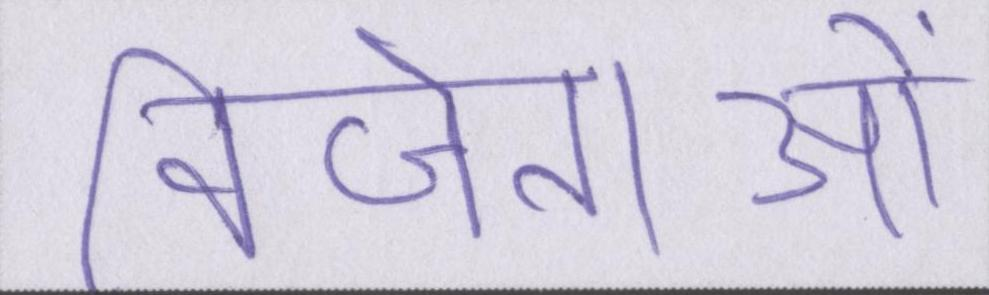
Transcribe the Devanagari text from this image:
विजेताओं